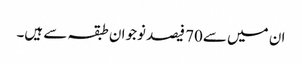
ان میں سے70 فیصد نوجوان طبقہ سے ہیں۔